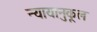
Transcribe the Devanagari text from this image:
न्यायानुकूल